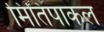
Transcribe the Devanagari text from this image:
मितिपाकल